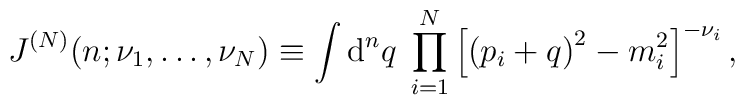
J^{(N)}(n; \nu_1, \ldots, \nu_N )\equiv\int \mbox{d}^n q \;  \prod_{i=1}^N \left[\left(p_i+q\right)^2 - m_i^2 \right]^{-\nu_i} ,